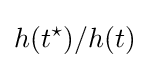
h(t^{\star })/h(t)\